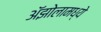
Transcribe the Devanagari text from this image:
ॲझोलामध्ये